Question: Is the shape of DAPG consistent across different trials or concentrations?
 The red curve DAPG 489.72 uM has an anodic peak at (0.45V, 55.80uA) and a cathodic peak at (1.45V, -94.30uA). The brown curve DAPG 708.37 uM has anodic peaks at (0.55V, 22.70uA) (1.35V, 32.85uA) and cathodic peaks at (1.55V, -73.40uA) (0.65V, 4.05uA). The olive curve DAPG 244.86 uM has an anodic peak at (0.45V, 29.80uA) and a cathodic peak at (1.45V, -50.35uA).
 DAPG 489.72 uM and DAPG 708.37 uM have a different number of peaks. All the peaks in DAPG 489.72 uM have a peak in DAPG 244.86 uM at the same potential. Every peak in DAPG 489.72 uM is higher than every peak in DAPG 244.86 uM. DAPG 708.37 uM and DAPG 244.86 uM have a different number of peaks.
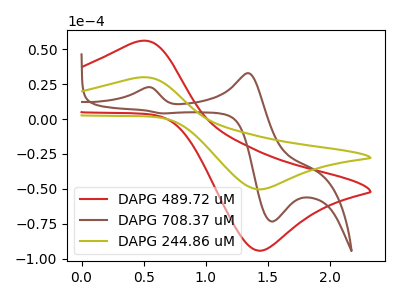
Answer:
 <answer>All the CV's of "DAPG" have similar shape.</answer>
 <eval>follow_rule</eval>